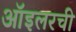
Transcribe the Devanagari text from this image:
ऑइलरची